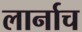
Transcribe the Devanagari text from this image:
लार्नाच